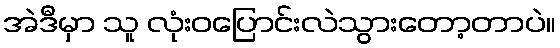
အဲဒီမှာ သူ လုံးဝပြောင်းလဲသွားတော့တာပဲ။